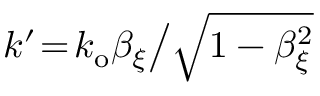
k ^ { \prime } \! = \! k _ { \mathrm { o } } \beta _ { \xi } \big / \sqrt { 1 - \beta _ { \xi } ^ { 2 } }